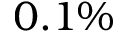
0 . 1 \%